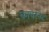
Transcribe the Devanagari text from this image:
काबरनेट